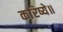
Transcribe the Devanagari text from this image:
करिष्ये॥